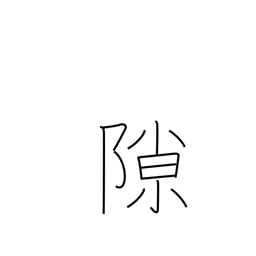
Meaning: crevice